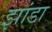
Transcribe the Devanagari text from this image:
झांडा